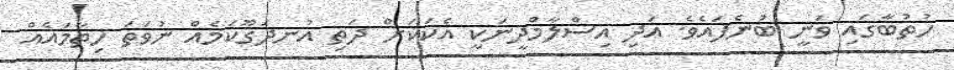
ހުތުބާގައި ވަނީ ބުނެފައެވެ. އަދި އިސްލާމްދީނަކީ އެކަކަށް ދަތި އުނދަގޫކަމެއް ނުވަތަ ހިތާމައެއް